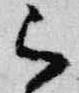
被